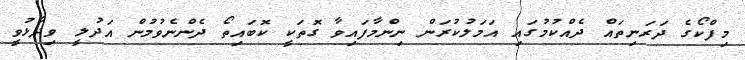
މިފްކޯގެ ދަރަނިތައް ދެއްކުމުގައި އަމަލުކުރަން ނިންމާފައިވާ ގޮތަކީ ކޮބައިތޯ ދެންނެވުމުން އަދުލީ ވިދާޅުވީ